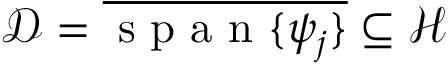
\mathcal D = \overline { { \mathrm { ~ s ~ p ~ a ~ n ~ } \{ \psi _ { j } \} } } \subseteq \mathcal H